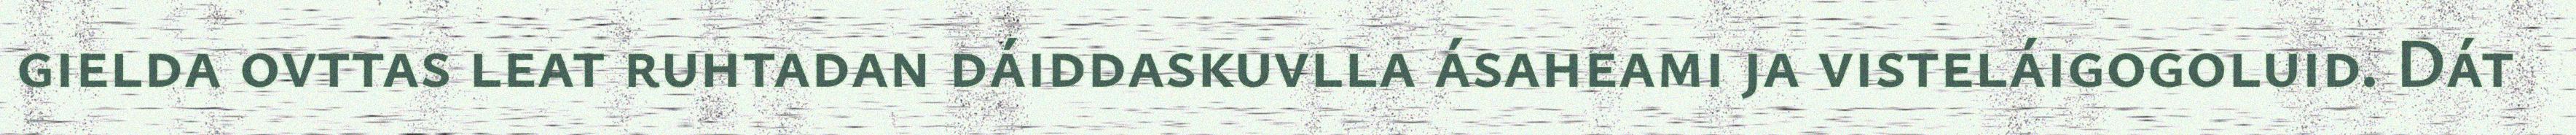
gielda ovttas leat ruhtadan dáiddaskuvlla ásaheami ja visteláigogoluid. Dát